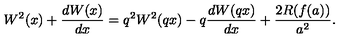
W ^ { 2 } ( x ) + \frac { d W ( x ) } { d x } = q ^ { 2 } W ^ { 2 } ( q x ) - q \frac { d W ( q x ) } { d x } + \frac { 2 R ( f ( a ) ) } { a ^ { 2 } } .